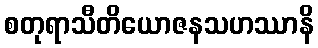
စတုရာသီတိယောဇနသဟဿာနိ